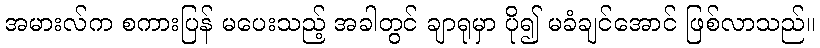
အမားလ်က စကားပြန် မပေးသည့် အခါတွင် ချာရုမှာ ပို၍ မခံချင်အောင် ဖြစ်လာသည်။